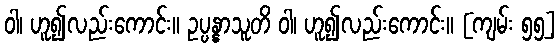
ဝါ၊ ဟူ၍လည်းကောင်း။ ဥပ္ပန္နာသူတိ ဝါ၊ ဟူ၍လည်းကောင်း။ [ကျမ်း ၅၅]